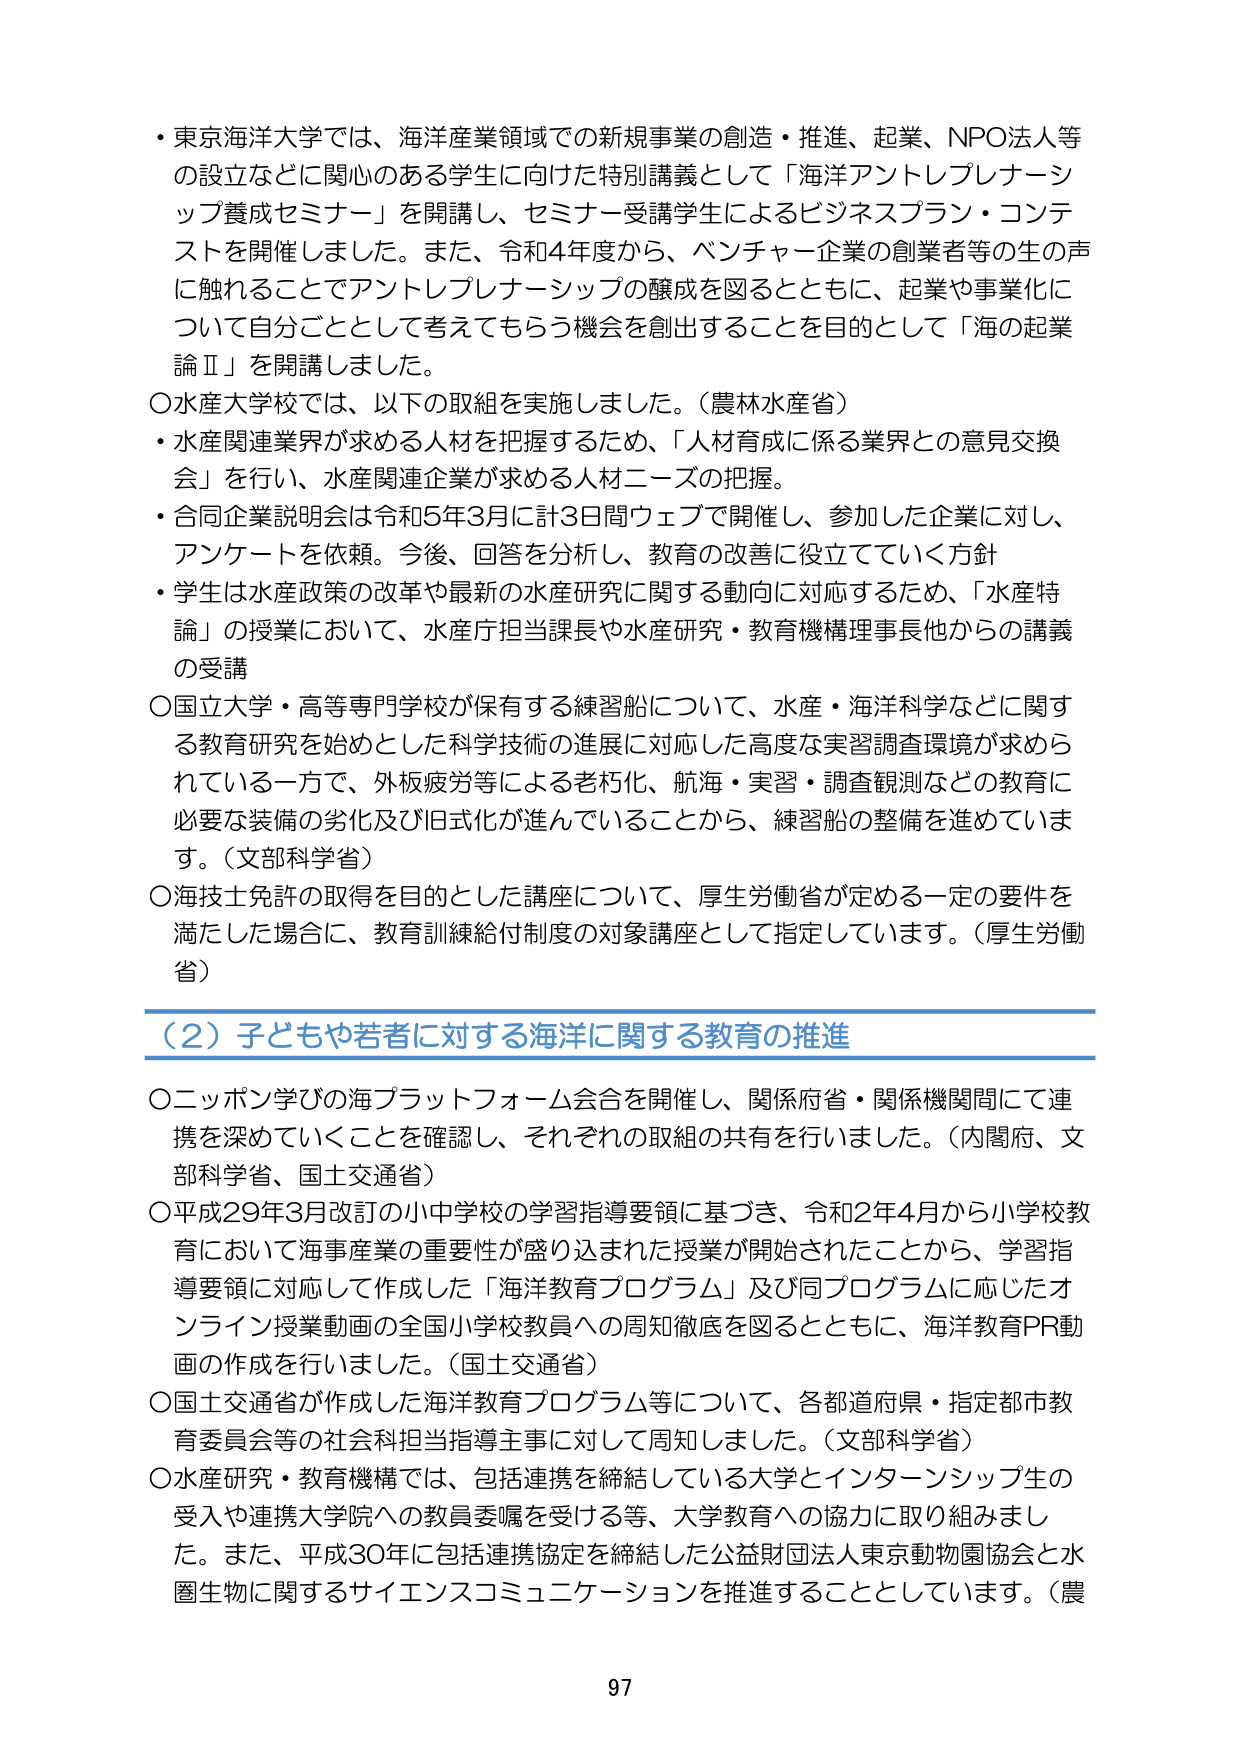
・東京海洋大学では、海洋産業領域での新規事業の創造・推進、起業、NPO法人等の設立などに関心のある学生に向けた特別講義として「海洋アントレプレナーシップ養成セミナー」を開講し、セミナー受講学生によるビジネスプラン・コンテストを開催しました。また、令和4年度から、ベンチャー企業の創業者等の生の声に触れることでアントレプレナーシップの醸成を図るとともに、起業や事業化について自分ごととして考えてもらう機会を創出することを目的として「海の起業論Ⅱ」を開講しました。

○水産大学校では、以下の取組を実施しました。（農林水産省）
・水産関連業界が求める人材を把握するため、「人材育成に係る業界との意見交換会」を行い、水産関連企業が求める人材ニーズの把握。
・合同企業説明会は令和5年3月に計3日間ウェブで開催し、参加した企業に対し、アンケートを依頼。今後、回答を分析し、教育の改善に役立てていく方針
・学生は水産政策の改革や最新の水産研究に関する動向に対応するため、「水産特論」の授業において、水産庁担当課長や水産研究・教育機構理事長他からの講義の受講

○国立大学・高等専門学校が保有する練習船について、水産・海洋科学などに関する教育研究を始めとした科学技術の進展に対応した高度な実習調査環境が求められている一方で、外板疲労等による老朽化、航海・実習・調査観測などの教育に必要な装備の劣化及び旧式化が進んでいることから、練習船の整備を進めています。（文部科学省）

○海技士免許の取得を目的とした講座について、厚生労働省が定める一定の要件を満たした場合に、教育訓練給付制度の対象講座として指定しています。（厚生労働省）

（2）子どもや若者に対する海洋に関する教育の推進

○ニッポン学びの海プラットフォーム会合を開催し、関係府省・関係機関間にて連携を深めていくことを確認し、それぞれの取組の共有を行いました。（内閣府、文部科学省、国土交通省）

○平成29年3月改訂の小中学校の学習指導要領に基づき、令和2年4月から小学校教育において海事産業の重要性が盛り込まれた授業が開始されたことから、学習指導要領に対応して作成した「海洋教育プログラム」及び同プログラムに応じたオンライン授業動画の全国小学校教員への周知徹底を図るとともに、海洋教育PR動画の作成を行いました。（国土交通省）

○国土交通省が作成した海洋教育プログラム等について、各都道府県・指定都市教育委員会等の社会科担当指導主事に対して周知しました。（文部科学省）

○水産研究・教育機構では、包括連携を締結している大学とインターンシップ生の受入や連携大学院への教員委嘱を受ける等、大学教育への協力に取り組みました。また、平成30年に包括連携協定を締結した公益財団法人東京動物園協会と水圏生物に関するサイエンスコミュニケーションを推進することとしています。（農

97